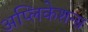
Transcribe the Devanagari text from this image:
अप्लिकेशन्स